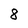
Character: 8